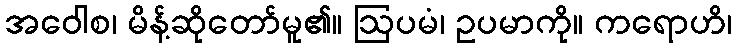
အဝေါစ၊ မိန့်ဆိုတော်မူ၏။ ဩပမံ၊ ဥပမာကို။ ကရောဟိ၊